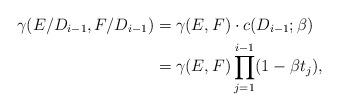
LaTeX: \begin{align*} \gamma(E/D_{i-1},F/D_{i-1}) &= \gamma(E,F)\cdot c(D_{i-1};\beta) \\ &= \gamma(E,F) \prod_{j=1}^{i-1} (1-\beta t_j),\end{align*}